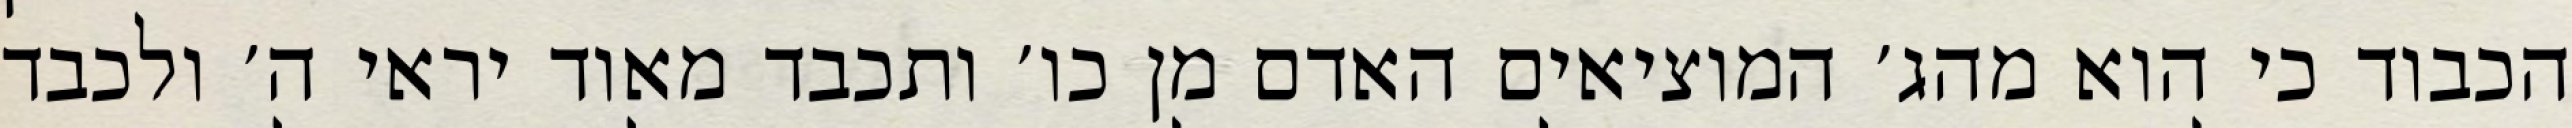
הכבוד כי הוא מהג׳ המוציאים האדם מן כו׳ ותכבד מאוד יראי ה׳ ולכבד